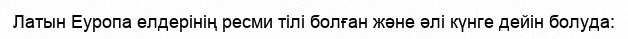
Латын Еуропа елдерінің ресми тілі болған және әлі күнге дейін болуда: